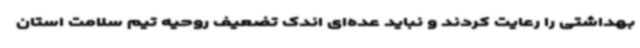
بهداشتی را رعایت کردند و نباید عده‌ای اندک تضعیف روحیه تیم سلامت استان